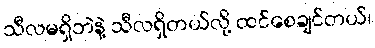
သီလမရှိဘဲနဲ့ သီလရှိတယ်လို့ ထင်စေချင်တယ်၊